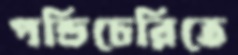
পন্ডিচেরিতে